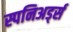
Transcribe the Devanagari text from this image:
स्पनिअर्ड्स